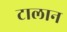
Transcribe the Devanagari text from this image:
टालान